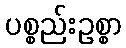
ပစ္စည်းဥစ္စာ